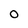
Character: O